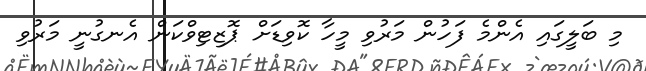
މި ބަލީގައި އެންމެ ފަހުން މަރުވި މީހާ ކޮވިޑަށް ޕޮޒިޓިވްކަން އެނގުނީ މަރުވި